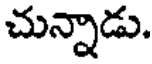
చున్నాడు.